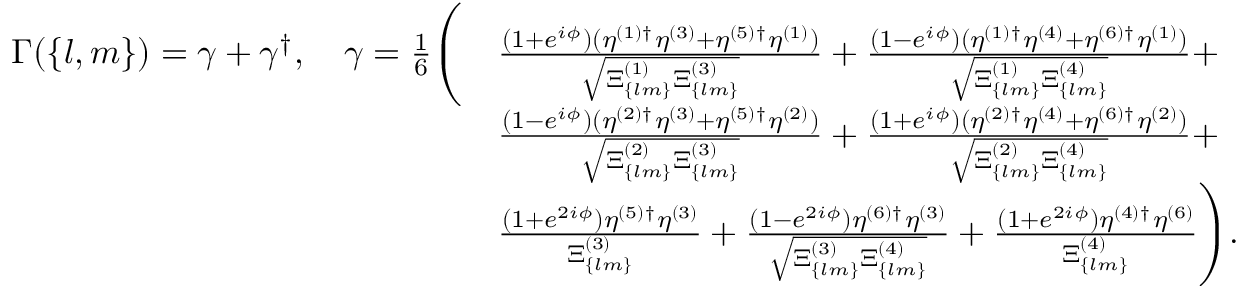
\begin{array} { r l } { \Gamma ( \{ l , m \} ) = \gamma + \gamma ^ { \dagger } , \quad \gamma = \frac { 1 } { 6 } \Bigg ( } & { \frac { ( 1 + e ^ { i \phi } ) ( \eta ^ { ( 1 ) \dagger } \eta ^ { ( 3 ) } + \eta ^ { ( 5 ) \dagger } \eta ^ { ( 1 ) } ) } { \sqrt { \Xi _ { \{ l m \} } ^ { ( 1 ) } \Xi _ { \{ l m \} } ^ { ( 3 ) } } } + \frac { ( 1 - e ^ { i \phi } ) ( \eta ^ { ( 1 ) \dagger } \eta ^ { ( 4 ) } + \eta ^ { ( 6 ) \dagger } \eta ^ { ( 1 ) } ) } { \sqrt { \Xi _ { \{ l m \} } ^ { ( 1 ) } \Xi _ { \{ l m \} } ^ { ( 4 ) } } } + } \\ & { \frac { ( 1 - e ^ { i \phi } ) ( \eta ^ { ( 2 ) \dagger } \eta ^ { ( 3 ) } + \eta ^ { ( 5 ) \dagger } \eta ^ { ( 2 ) } ) } { \sqrt { \Xi _ { \{ l m \} } ^ { ( 2 ) } \Xi _ { \{ l m \} } ^ { ( 3 ) } } } + \frac { ( 1 + e ^ { i \phi } ) ( \eta ^ { ( 2 ) \dagger } \eta ^ { ( 4 ) } + \eta ^ { ( 6 ) \dagger } \eta ^ { ( 2 ) } ) } { \sqrt { \Xi _ { \{ l m \} } ^ { ( 2 ) } \Xi _ { \{ l m \} } ^ { ( 4 ) } } } + } \\ & { \frac { ( 1 + e ^ { 2 i \phi } ) \eta ^ { ( 5 ) \dagger } \eta ^ { ( 3 ) } } { \Xi _ { \{ l m \} } ^ { ( 3 ) } } + \frac { ( 1 - e ^ { 2 i \phi } ) \eta ^ { ( 6 ) \dagger } \eta ^ { ( 3 ) } } { \sqrt { \Xi _ { \{ l m \} } ^ { ( 3 ) } \Xi _ { \{ l m \} } ^ { ( 4 ) } } } + \frac { ( 1 + e ^ { 2 i \phi } ) \eta ^ { ( 4 ) \dagger } \eta ^ { ( 6 ) } } { \Xi _ { \{ l m \} } ^ { ( 4 ) } } \Bigg ) . } \end{array}